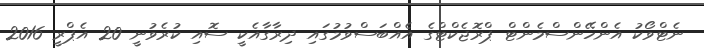
ނެޓްވޯކު އެންހޭންސްމެންޓް ޕްރޮޖެކްޓްގެ އެއްބަސްވުމުގައި ދިރާގާއެކީ ސޮއި ކުރެވުނީ 20 އެޕްރީ 2016